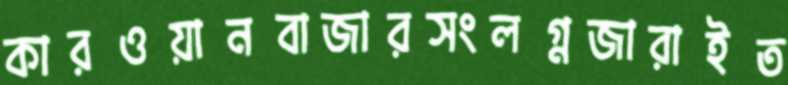
কারওয়ানবাজারসংলগ্নজারাইত